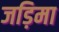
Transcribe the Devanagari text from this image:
जड़िमा